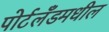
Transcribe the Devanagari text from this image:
पोर्टलँडमधील